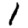
Digit: 1